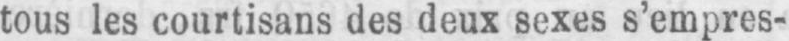
tous les courtisans des deux sexes s’empres-